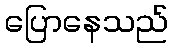
ပြောနေသည်